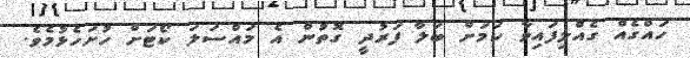
ހައްގެއް ގެއްލިފައިވާ ކަމަށް ބަލާ ފަރުދީ ގޮތުން އެ މައްސަލަ ކޯޓަށް ހުށަހެޅުމެވެ.